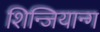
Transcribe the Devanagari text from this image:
शिन्जियान्ग